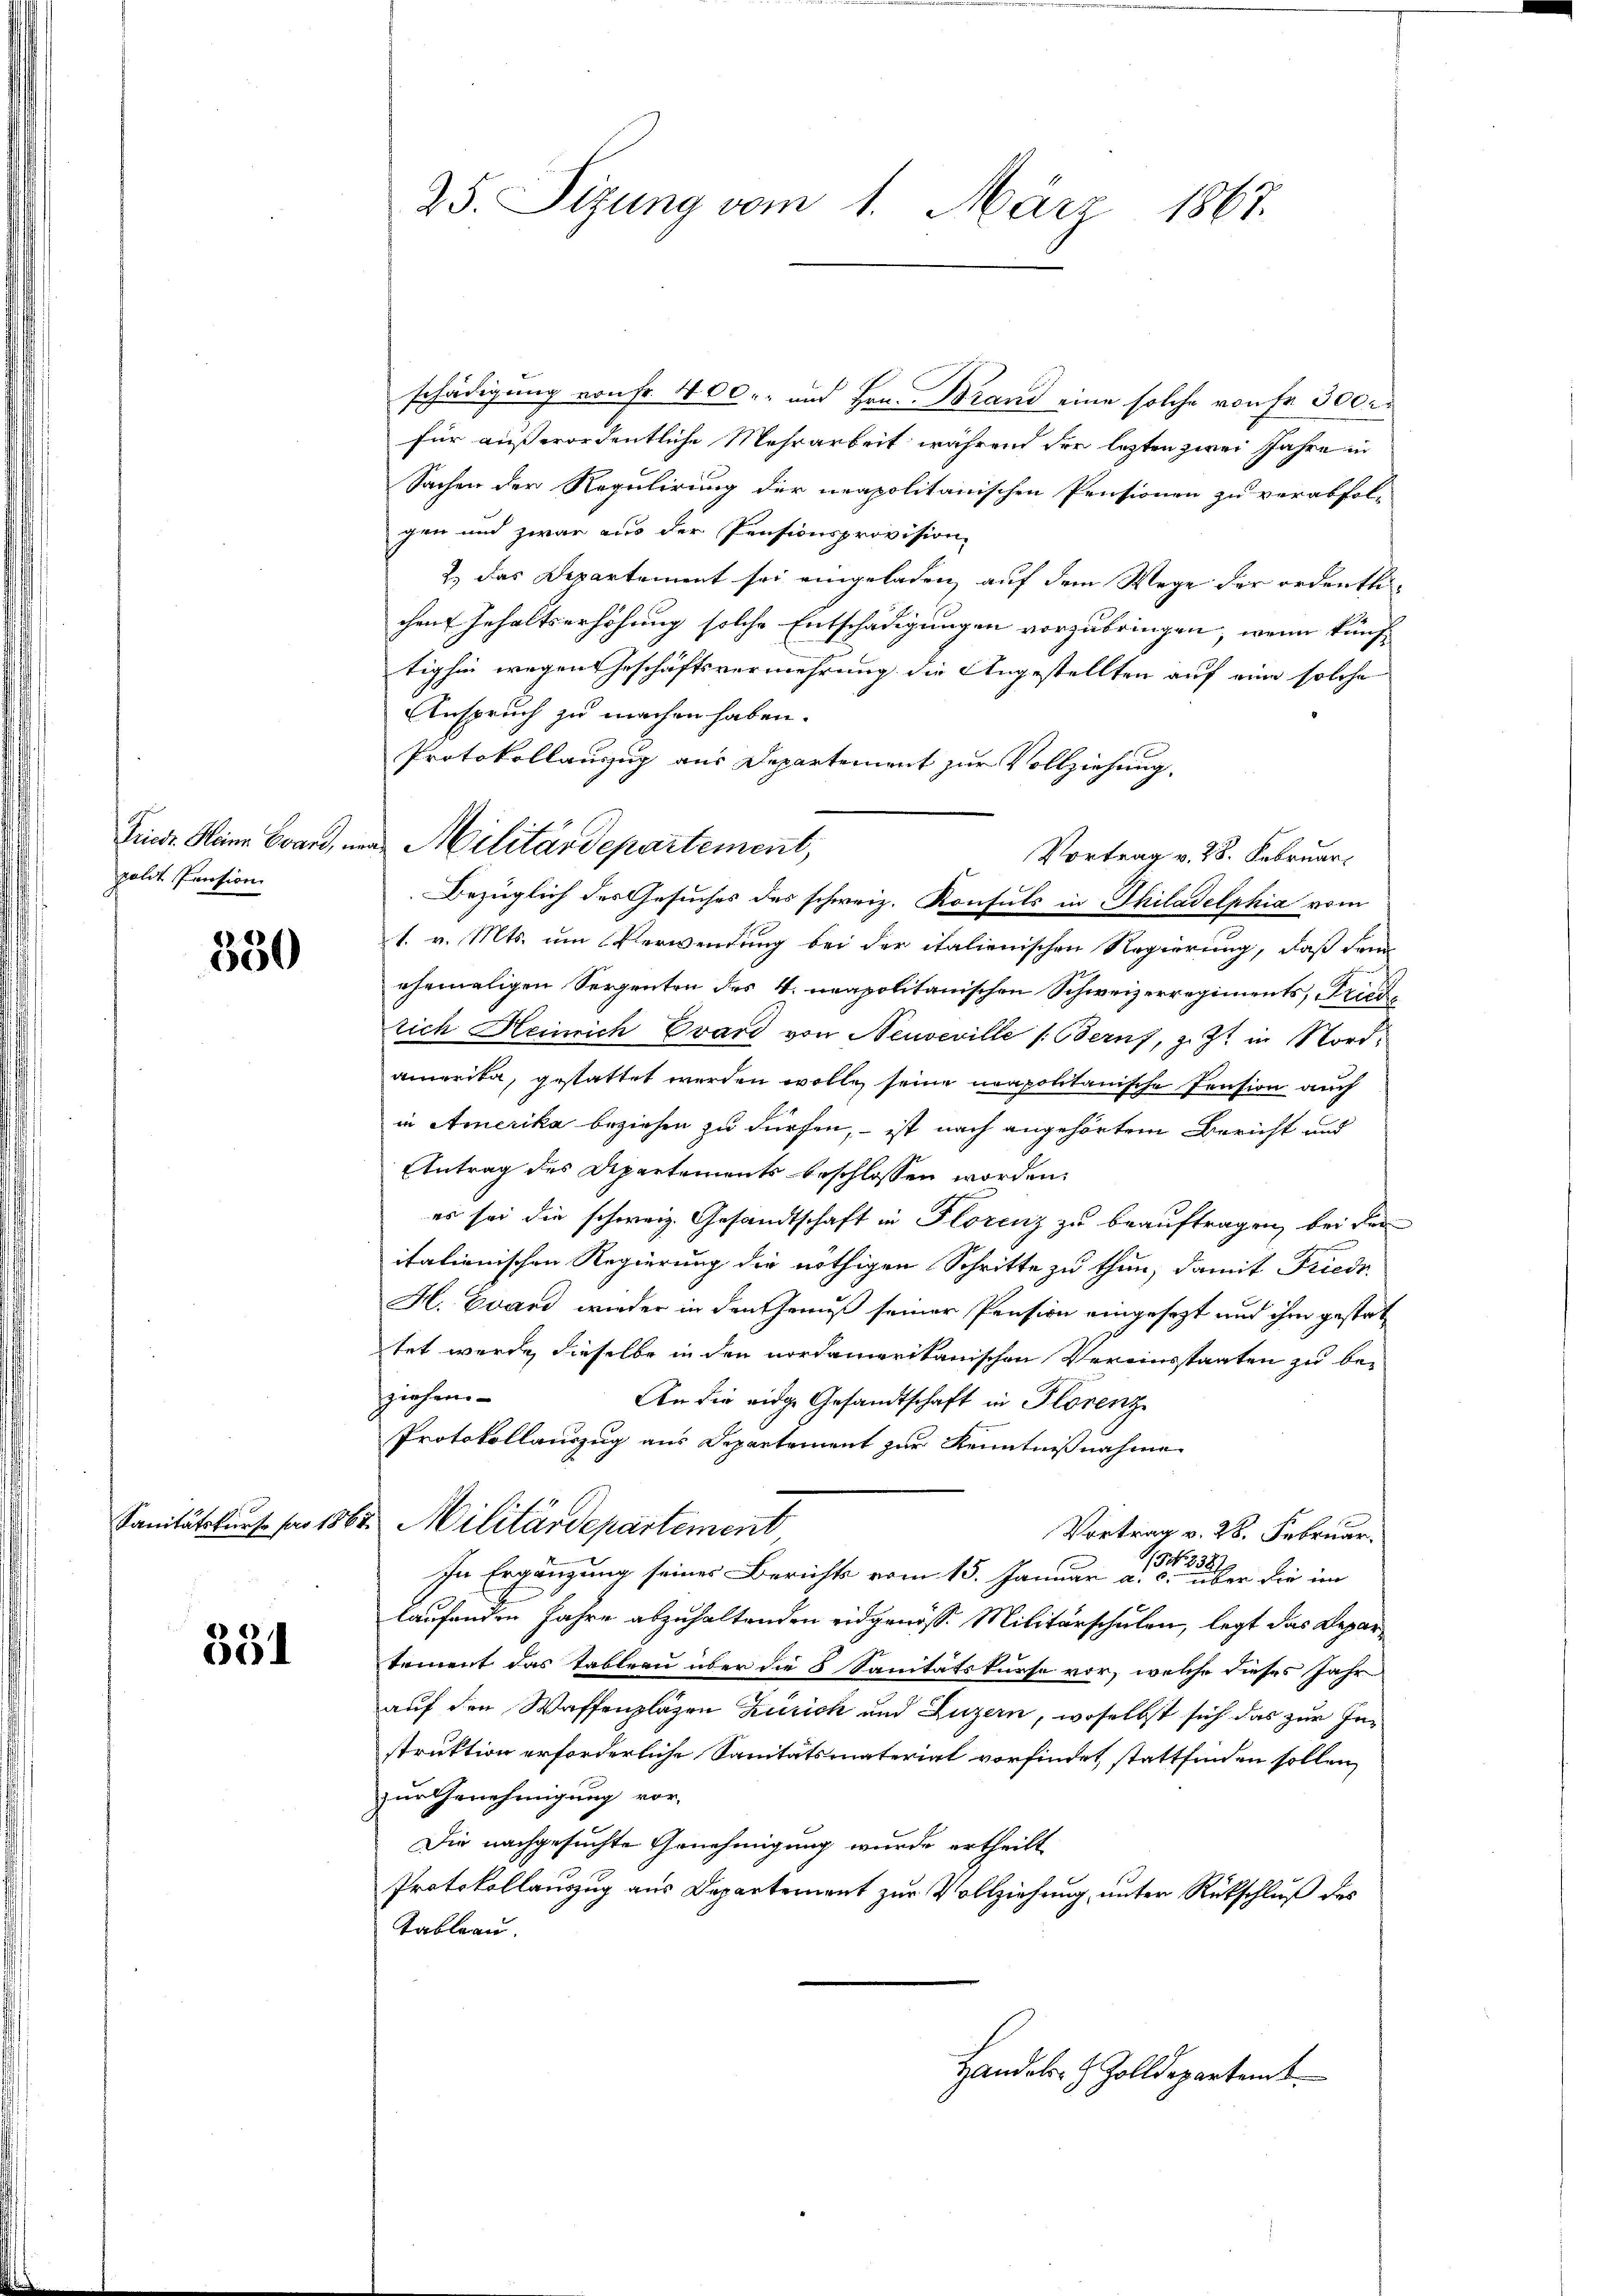
polit Pension

350

331

schädigung von Fr. 400.- und Hrn. Brand eine solche von Fr. 300 r
für außerordentliche Mehrarbeit während der lezten zwei Jahre in
Sachen der Regulirung der neapolitanischen Pensionen zu verabfol-
gen und zwar aus der Pensionsprovision,
2.) das Departement sei eingeladen, auf dem Wege der ordentlichen Gehaltserhöhung solche Entschädigungen vorzubringen, wenn künftighin wegen Geschäftsvermehrung die Angestellten auf eine solche
Anspruch zu machen haben.
Protokollanzug aus Departement zur Vollziehung.
Bezüglich des Gesuches des schweiz. Konsuls in Philadelphia vom
1. v. Mts. um Verwendung bei der italienischen Regierung, daß dann
ehemaligen Seegenten des V. neapolitanischen Schweizerregiments, Fried
tich Heinrich Evard von Neuveville (Berns, z. Zt. in Nordamerika, gestattet werden wolle, seine neapolitanische Pension auch
in Amerika beziehen zu dürfen, – ist nach angehörtem Bericht und
Antrag des Departements beschlossen worden.
es sei die schweiz. Gesandtschaft in Florenz zu beauftragen, bei der
italienischen Regierung die nöthigen Schritte zu thun, damit Friede
H. Evand wieder in den Genuß seiner Pension eingesezt und ihm gestattet wurde, dieselbe in den nordamerikanischen Vereinsstaaten zu be-
ziehen.
An die eidge Gesandtschaft in Florenz
Protokollauszug aus Departement zur Kenntnißnahme
Sanitätskurs pro 1862. Militärdepartement
Vortrag v. 28. Februar.
In Ergängung seiner Berichts vom 15. Januar a. betreuer die im
laufenden Jahre abzuhaltenden eidgenösse Militärschulen, legt das Departement das Tableau über die 8 Sanitätskurse vor, welche dieses Jahr
auf den Waffenplagen Zürich und Luzern, woselbst sich das zur Instruktion erforderliche Sanitätsmaterial vorfindet stattfinden sollen,
zur Genehmigung vor-
Die nachgesuchte Genehmigung wurde ertheilt
Protokollauszug aus Departement zur Vollziehung, unter Rückschluß des
Tableau
Handels- & Zolldepartemt

25. Sizung vom 1. März 1867.

Finde Meiner Brand, ma Militärdepartement,

Vortrag v. 28. Februar